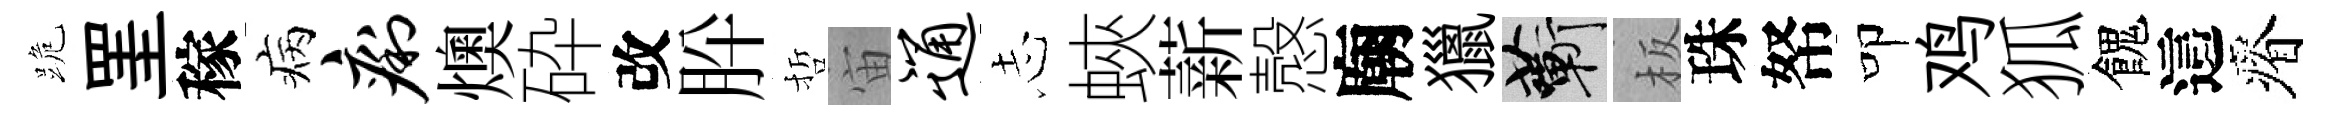
跪罣稼病痢燠砕改肸哲宙通𢖽蛺薪慤廟獵蔪板珠帑叩鸡狐餽這瘠